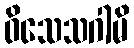
ဝိသေသဂါမိ